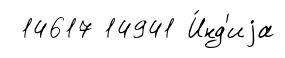
14617 14941 И́нд'иjа